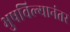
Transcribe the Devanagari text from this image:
भुषविल्यानंतर